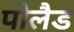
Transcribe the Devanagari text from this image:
पोलैड